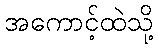
အကောင့်ထဲသို့